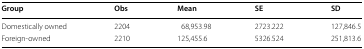
| Group | Obs | Mean | SE | SD |
 | --- | --- | --- | --- | --- |
 | Domestically owned | 2204 | 68,953.98 | 2723.222 | 127,846.5 |
 | Foreign-owned | 2210 | 125,455.6 | 5326.524 | 251,813.6 |